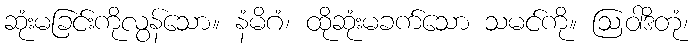
ဆုံးမခြင်းကိုလွန်သော။ နံမိဂံ၊ ထိုဆုံးမခက်သော သမင်ကို။ ဩဝါဒိတုံ၊